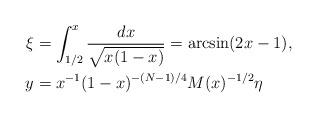
LaTeX: \begin{align*}\xi&=\int_{1/2}^x\frac{dx}{\sqrt{x(1-x)}}=\arcsin (2x-1),\\y&=x^{-1}(1-x)^{-(N-1)/4}M(x)^{-1/2}\eta\end{align*}